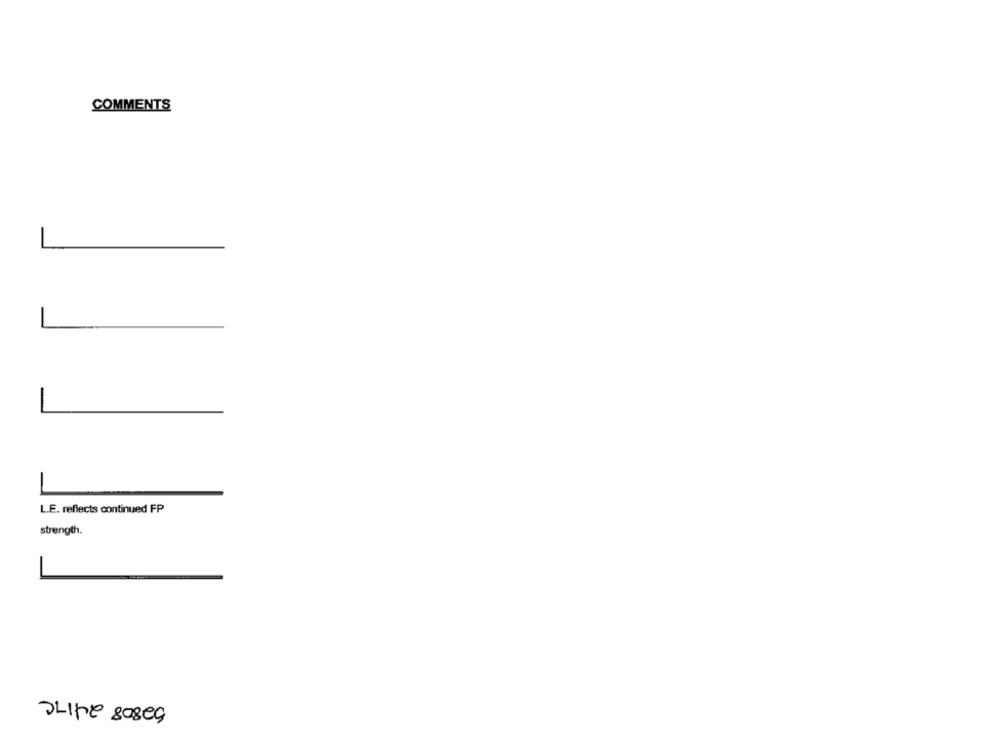
COMMENTS
L.E. reflects continued FP
strength.
52808 2417C